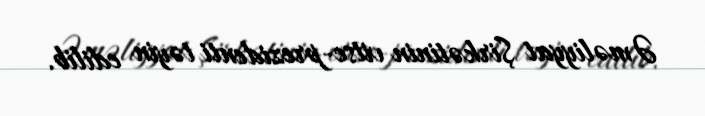
Əməliyyat Şirkətinin vitse-prezidenti təyin edilib.